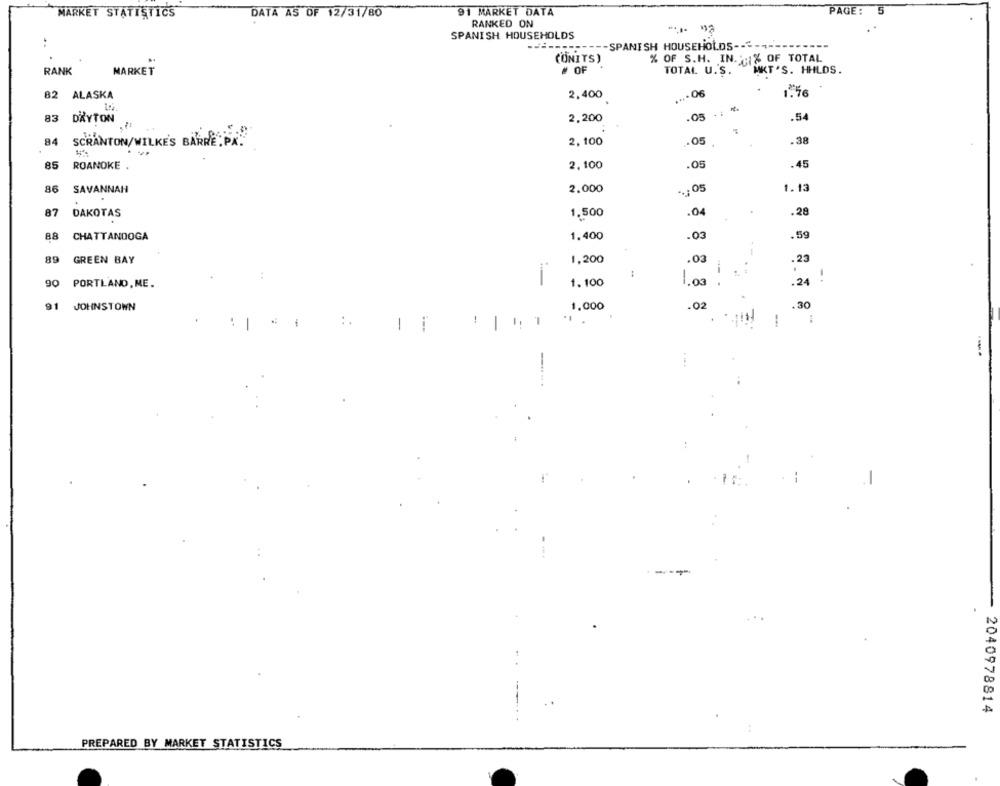
MARKET STATISTICS
DATA AS OF 12/31/80
91 MARKET DATA
PAGE: 5
RANKED ON
-....
SPANISH HOUSEHOLDS
..
----- SPANISH HOUSEHOLDS --<----
------
(ONITS)
% OF S.H. IN. % OF TOTAL
RANK
MARKET
# OF
TOTAL U.S.
MKT'S. HHLDS.
82 ALASKA
2.400
.... 06
83
DAYTON
2,200
.05 .:
.54
84
2, 100
.05
.38
SCRANTON/WILKE'S BARRE . PR.
.
85
ROANOKE .
2.100
.05
.45
86
SAVANNAH
2.000
..: 05
1.13
87
DAKOTAS
1.500
.04
.28
88
CHATTANOOGA
1.400
.03
.59
89
GREEN BAY
1,200
.03
.23
i
-
90 PORTLAND, ME.
1.100
1.03
.
.24
91
JOHNSTOWN
.02
.30
1.000
:.
-
1 | 41
-
....
----
2040978814
PREPARED BY MARKET STATISTICS